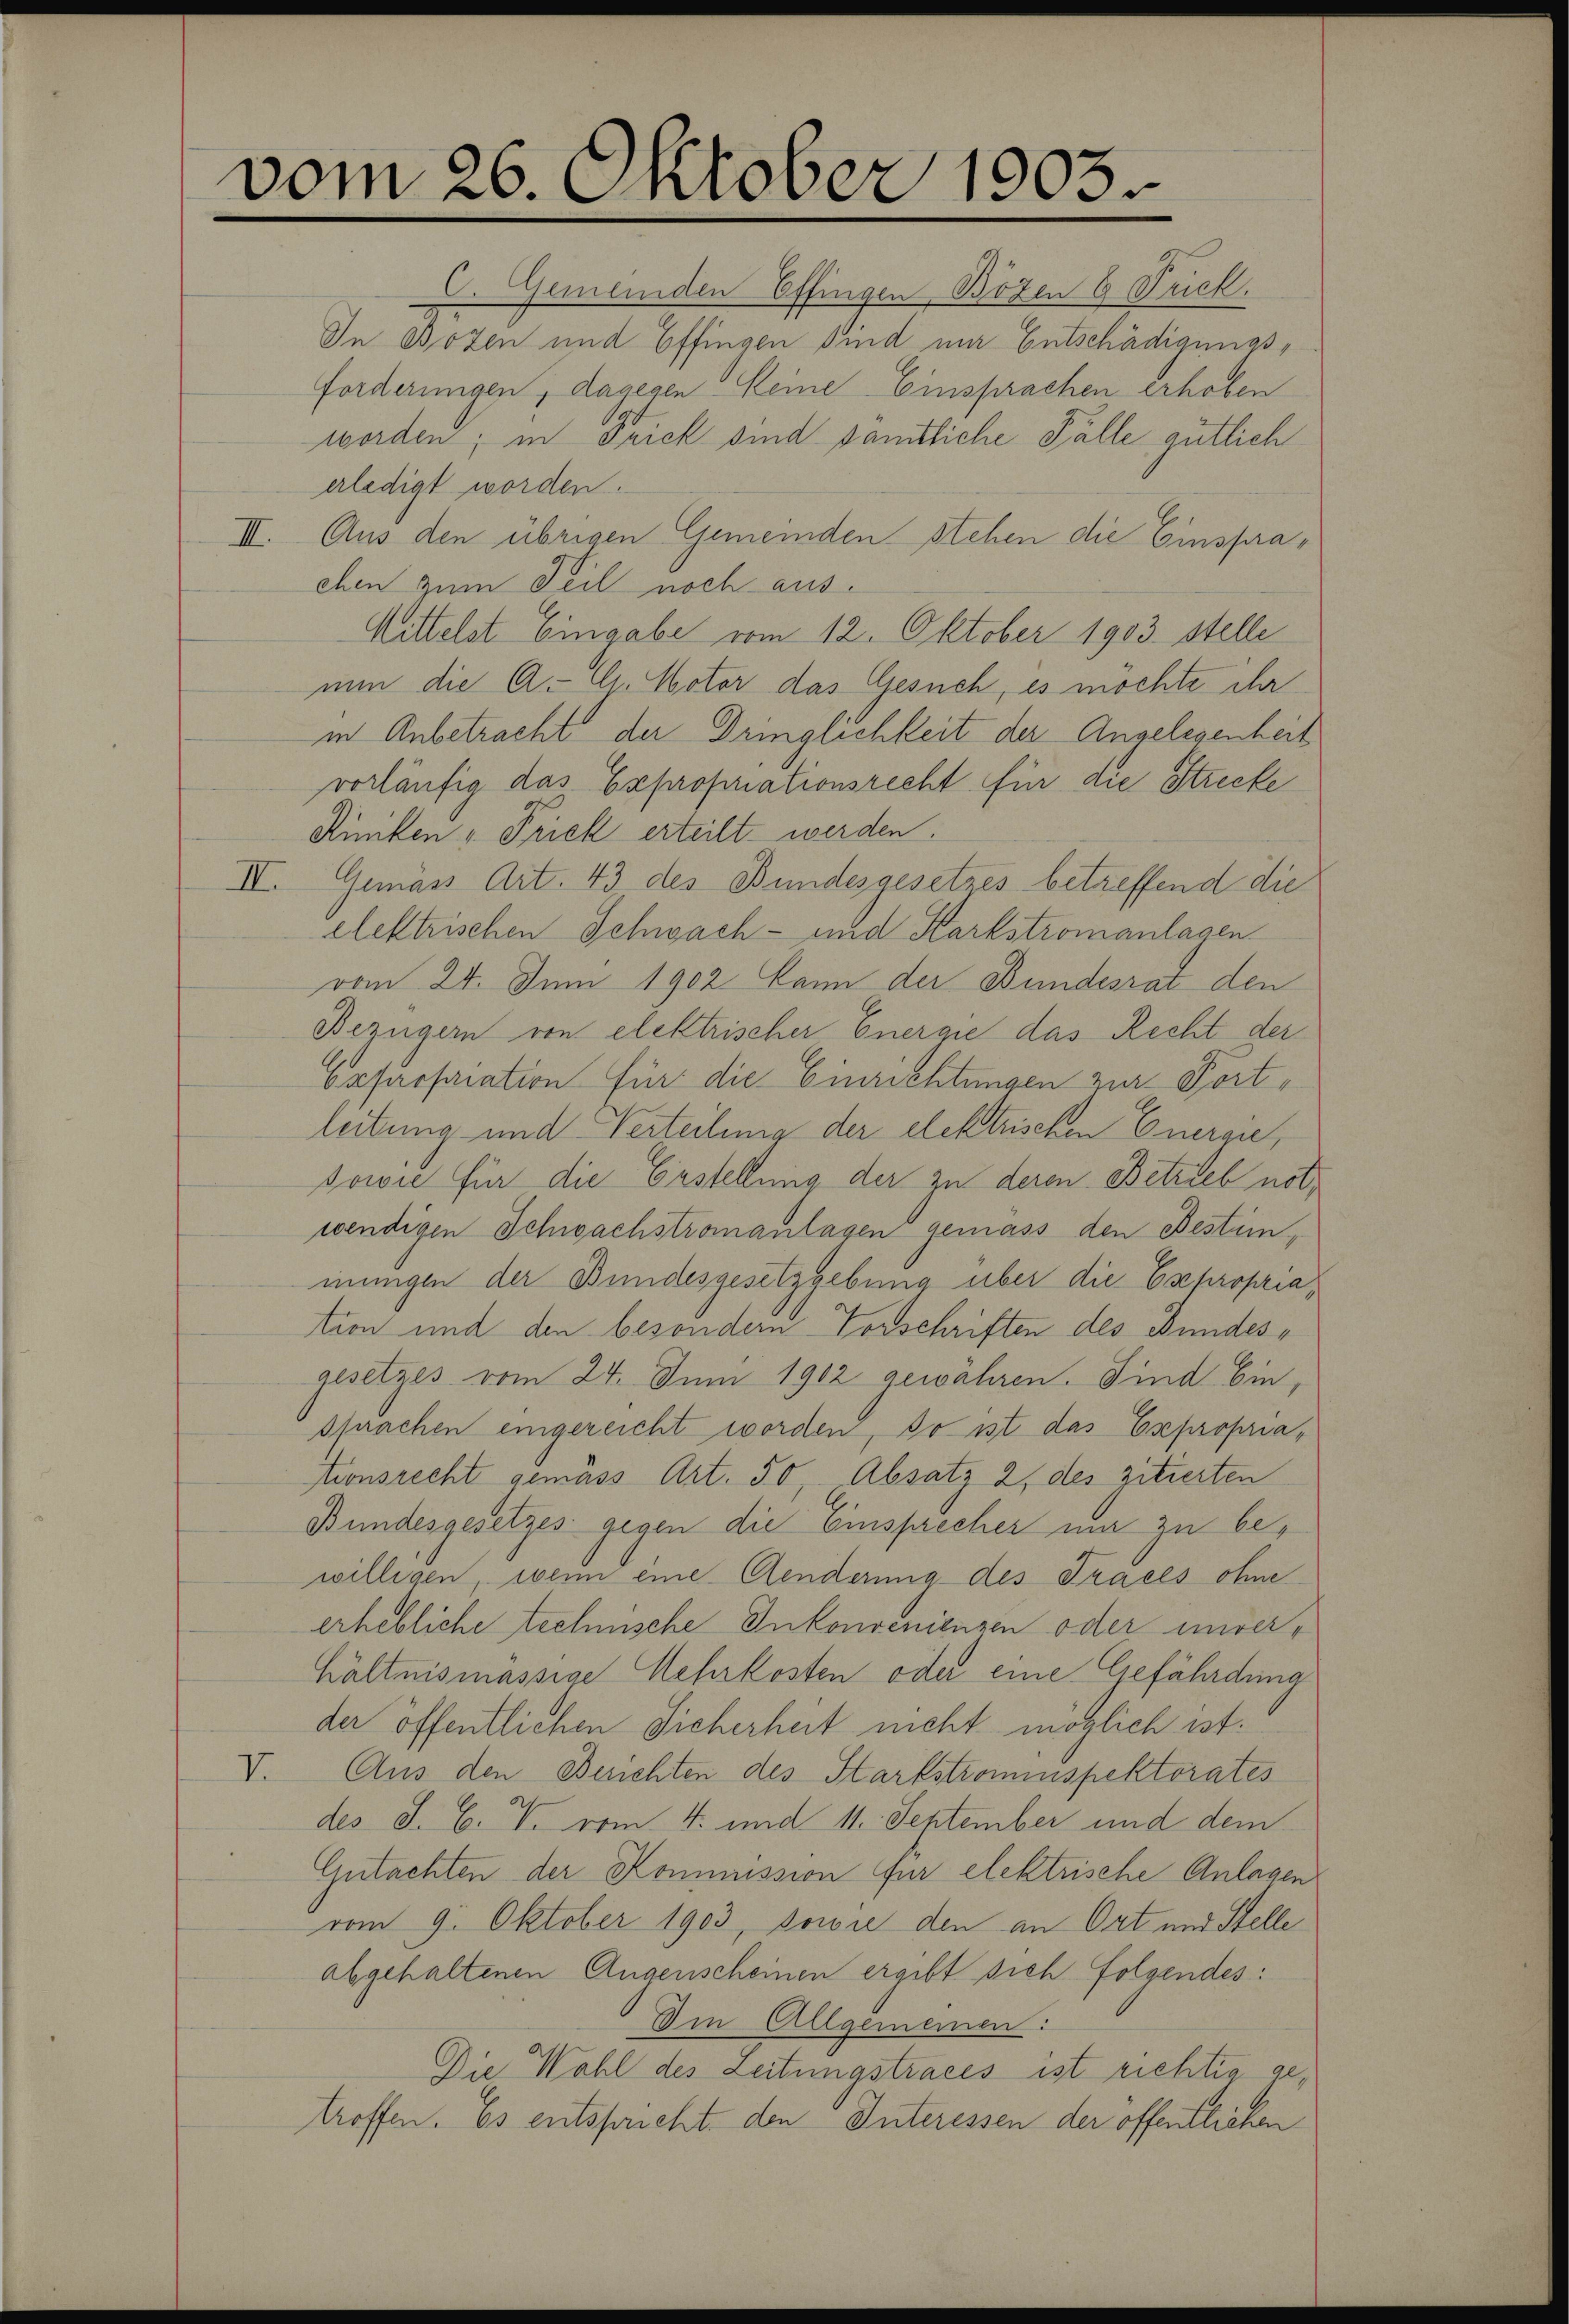
vom 26. Oktober 1903.

C. Gemeinden Effingen Bozen 6 Frick.
In Bozen und Effingen sind nur Entschädigungsforderungen, dagegen Keine Einsprachen erhoben
worden; in Frick sind samtliche Fälle gütlich
erledigt worden.
III. Aus den übrigen Gemeinden stehen die Einspraehen zum Teil noch aus.
Mittelst Eingabe vom 12. Oktober 1903 stelle
nun die A. E. Motor das Gesuch, es möchte ihr
in Anbetracht der Dringlichkeit der Angelegenheit
vorläufig das Expropriationsrecht für die Strecke
Rüniken „Prief erteilt werden.
II. Gemäss Art. 43 des Bundesgesetzes betreffend die
elektrischen Schwach- und Karkstromanlagen.
vom 24. Juni 1902 kann der Bundesrat den
Bezügern von elektrischer Energie das Recht der
Exproporation für die Einrichtungen zur Fortleitung und Verteilung der elektrischen Energu¬
sowie für die Erstellung der zu deren Betrieb notwendigen Schwachstronanlagen gemäss den Bestimmungen der Bundesgesetzgebung über die Expropriation und den besondern Vorschriften des Bundesgesetzes vom 24. Juni 1902 gewähren. Sind Einsprachen eingereicht worden, so ist das Expropria-
tionsrecht gemäss Art. 50 Absatz 2, des zitierten
Bundesgesetzes gegen die Einsprecher mir zu bewilligen, wenn eine Aenderung des Tracés ohne
erhebliche technische Inkonvenienzen oder unverhältnismässige Mehrkosten oder eine Gefährdung
der öffentlichen Sicherheit nicht möglich ist.
V. Aus den Berichten des Startstrominspektorates
des S. C. V. vom 4. und 11. September und dem
Gutachten der Kommission für elektrische Anlagen
vom 9. Oktober 1903, sowie den an Ort und Stelle
abgehaltenen Augenscheinen ergibt sich folgendes:
Im Allgemeinen:
Die Wahl des Leitungstraces ist richtig getroffen. Es entspricht, den Interessen der öffentlichen